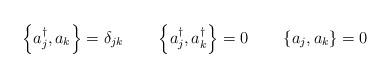
LaTeX: \begin{align*}\left\{ a_j^\dagger,a_k\right\}=\delta_{jk} \qquad\left\{ a_j^\dagger,a_k^\dagger\right\}=0 \qquad \left\{a_j,a_k\right\}=0\end{align*}